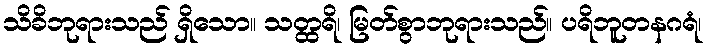
သိခိဘုရားသည် ရှိသော။ သတ္ထရိ၊ မြတ်စွာဘုရားသည်။ ပရိဘူတနဂရံ၊